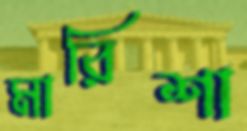
মারিশা